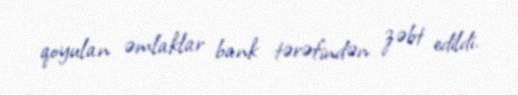
qoyulan əmlaklar bank tərəfindən zəbt edildi.